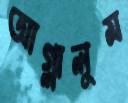
আগ্‌লালুম